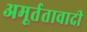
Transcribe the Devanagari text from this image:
अमूर्ततावादी